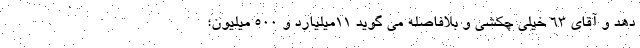
دهد و آقای ۶۳ خیلی چکشی و بلافاصله می گوید ۱۱میلیارد و ۵۰۰ میلیون؛